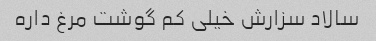
سالاد سزارش خیلی کم گوشت مرغ داره